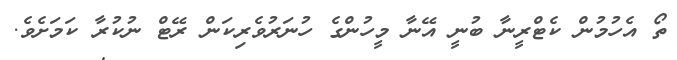
ތޯ އެހުމުން ކެޓްރީނާ ބުނީ އޭނާ މީހުންގެ ހުނަރުވެރިކަން ރޭޓް ނުކުރާ ކަމަށެވެ.